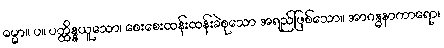
ဓမ္မာ။ ပ။ ပတ္ထိန္နယူသော၊ စေးစေးထန်းထန်းခဲစုသော အရည်ဖြစ်သော။ အာဂန္ဓနာကာရော၊